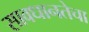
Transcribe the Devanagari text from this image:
सावधानतेचा